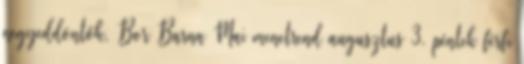
negyeddöntők, Bor Barna Mai menetrend augusztus 3. péntek férfi